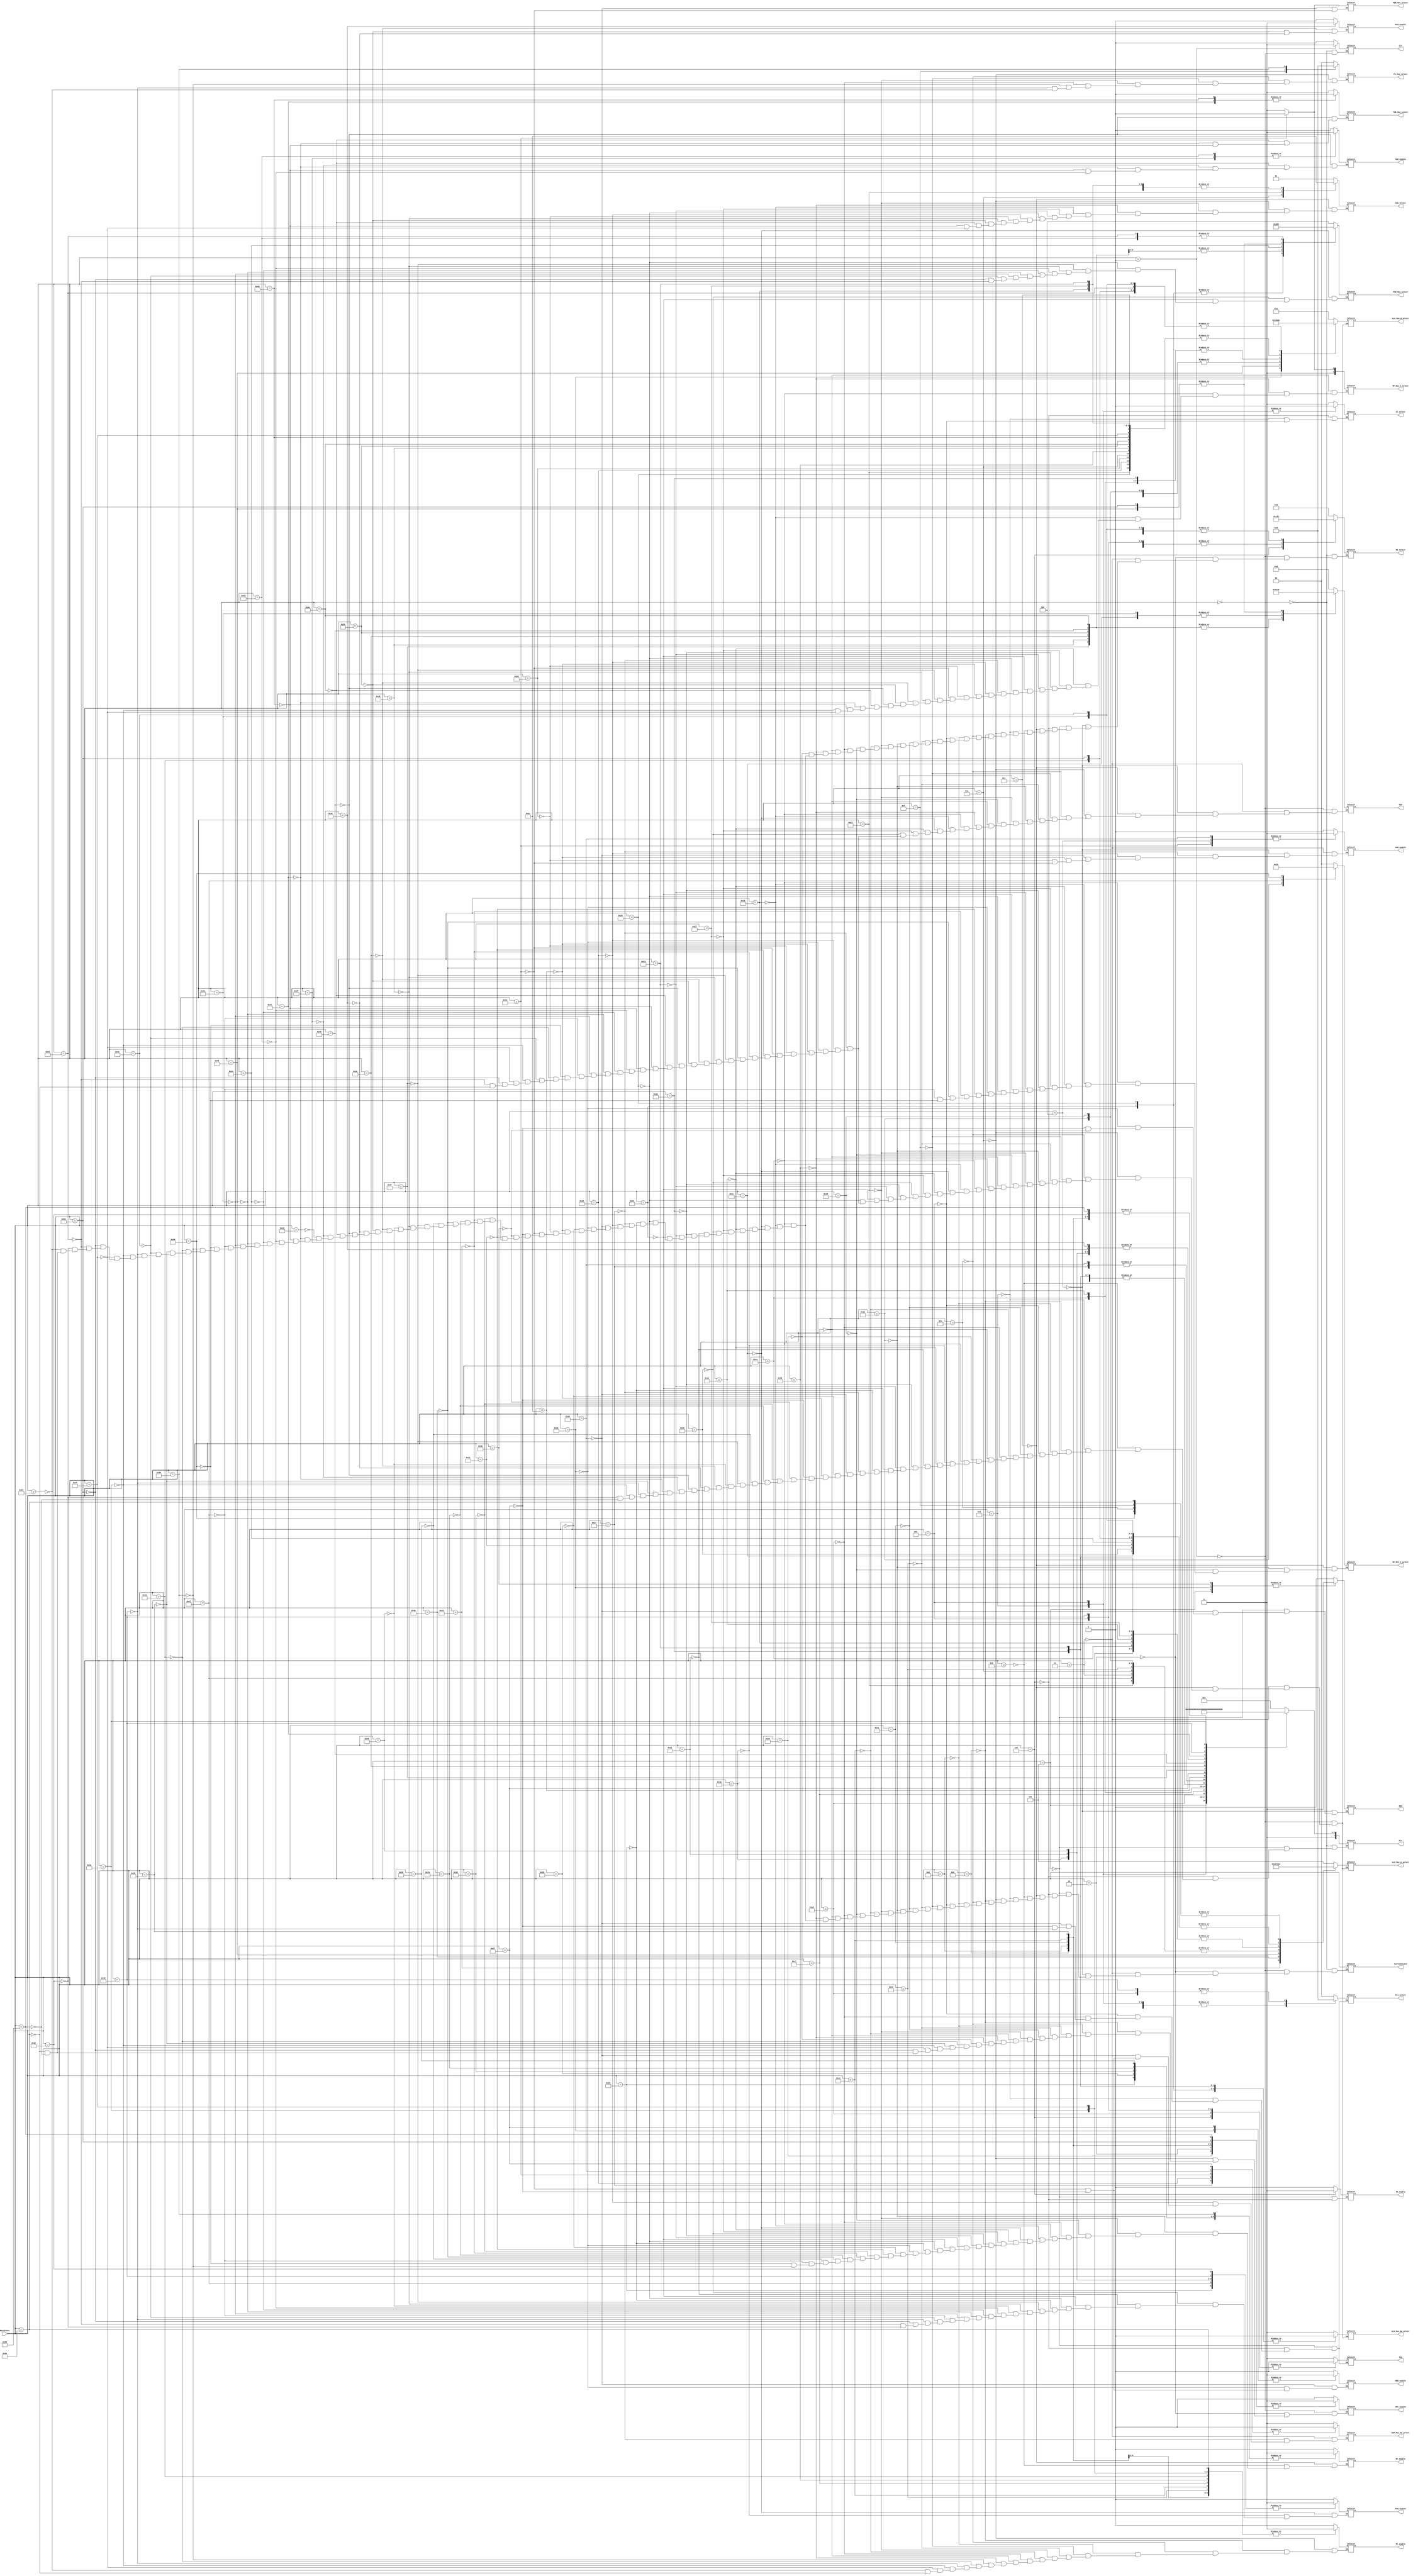
module Microstore(

	//control signals enables
	output reg IR_enable, RF_enable, MAR_enable, MDR_enable, MOV, PC_enable, nPC_enable, PSR_enable, TBR_enable, WIM_enable,

	//clear signals
	output reg Clr,

	//Mux select
	output reg MDR_Mux_select, RAM_Mux_Op_select, TBR_Mux_select, ALU_Mux_Op_select, Inv, CT_select,
	output reg [1:0]RF_Mux_C_select, RF_Mux_A_select, PC_Mux_select, SSE_select, Sts_select,
	output reg [2:0]ALU_Mux_A_select, ALU_Mux_B_select, PSR_Mux_select, NS_select,

	output reg [5:0]Op5,
	output reg [7:0]Pl7,
	output reg [7:0]CurrentState,

	//State
	input [7:0] NextState 
	);

	//reg [7:0] NextState;

	always @ (NextState)
	begin
		//NextState = (RESET) ? 8'b0 : inState;

		case (NextState)
			//***********
			//*  RESET  *
			//***********
			8'b00000000://0
			begin
				Clr <= 1;
				NS_select <= 3'b010;
				Pl7 <= 8'b00000001;
				CurrentState <= NextState;
			end
			
			8'b00000001://1
			begin
				nPC_enable <= 1;
				ALU_Mux_A_select <= 3'b101;
				ALU_Mux_B_select <= 3'b011;
				ALU_Mux_Op_select <= 0;
				Op5 <= 6'b000000;
				Clr <= 0;
				NS_select <= 3'b011;
				CurrentState <= NextState;
			end

			8'b00000010://2
			begin
				nPC_enable <= 0;
				NS_select <= 3'b011;
				CurrentState <= NextState;
			end

			//***********************
			
						
			//***********
			//*  FETCH  *
			//***********
			8'b00000011://3
			begin
				MAR_enable <= 1;
				ALU_Mux_A_select <= 3'b001;
				ALU_Mux_B_select <= 3'b101;
				ALU_Mux_Op_select <= 0;
				Op5 <= 6'b000000;
				RAM_Mux_Op_select <= 0;
				NS_select <= 3'b011;
				CurrentState <= NextState;				
			end		

			8'b00000100://4
			begin
				MAR_enable <= 0;	
				MOV <= 1;
				Op5 <= 6'b000000;
				NS_select <= 3'b011;
				CurrentState <= NextState;
			end

			8'b00000101://5
			begin
				IR_enable <= 1;
				MOV <= 0;
				NS_select <= 3'b110;
				Inv <= 0;
				Sts_select <= 2'b00;
				Pl7 <= 8'b00000101;
				CurrentState <= NextState;
			end

			8'b00000110://6
			begin
				IR_enable <=0;
				CT_select <= 0;
				NS_select <= 3'b100;
				Inv <= 1;
				Sts_select <= 2'b01;
				Pl7 <= 8'b01010011;
				CurrentState <= NextState;
			end
			//***********************

									
			//***********
			//*  Sethi  *
			//***********
			8'b00000111://7
			begin
				RF_enable <= 1;
				RF_Mux_C_select <= 2'b00;
				ALU_Mux_A_select <= 3'b101;
				ALU_Mux_B_select <= 3'b001;
				ALU_Mux_Op_select <= 0;
				SSE_select <= 2'b01;
				Op5 <= 6'b000000;
				NS_select <= 3'b011;
				CurrentState <= NextState;
			end

			8'b00001000://8
			begin
				RF_enable <= 0;
				NS_select <= 3'b010;
				Pl7 <= 8'b01010011;
				CurrentState <= NextState;
			end

			//***********************


			//***********
			//* BRANCH	*
			//***********
			8'b00001001://9
			begin
				CT_select <= 1;
				NS_select <= 3'b110;
				Inv <= 0;
				Sts_select <= 2'b01;
				Pl7 <= 8'b00001100;
				CurrentState <= NextState;
			end
			//***********************


			//***********
			//* BX TRUE	*
			//***********
			8'b00001010://10
			begin
				nPC_enable <= 1;
				ALU_Mux_A_select <= 3'b001;
				ALU_Mux_B_select <= 3'b001;
				ALU_Mux_Op_select <= 0;
				SSE_select <= 2'b10;
				Op5 <= 6'b000000;
				PC_enable <= 1;
				PC_Mux_select <= 2'b00;
				NS_select <= 3'b011;
				CurrentState <= NextState;
			end

			8'b00001011://11
			begin
				PC_enable <= 0;
				nPC_enable <= 0;
				NS_select <= 3'b010;
				Pl7 <= 8'b00000011;
				CurrentState <= NextState;
			end
			//***********************


			//************
			//* BX FALSE *
			//************
			8'b00001100://12
			begin
				
				nPC_enable <= 1;
				ALU_Mux_A_select <= 3'b010;
				ALU_Mux_B_select <= 3'b011;
				ALU_Mux_Op_select <= 0;
				Op5 <= 6'b000000;
				PC_enable <= 1;
				PC_Mux_select <= 2'b00;
				NS_select <= 3'b011;
				CurrentState <= NextState;
			end

			8'b00001101://13
			begin
				
				PC_enable <= 0;
				nPC_enable <= 0;
				NS_select <= 3'b010;
				Pl7 <= 8'b00000011;
				CurrentState <= NextState;
			end
			//***********************


			//********************
			//* BRANCH ANNULLED  *
			//********************
			8'b00001110://14
			begin
				CT_select <= 1;
				NS_select <= 3'b110;
				Inv <= 1;
				Sts_select <= 2'b01;
				Pl7 <= 8'b00001010;
				CurrentState <= NextState;
			end
			//***********************


			//*********************
			//* BX FALSE ANNULLED *
			//*********************
			
			8'b00001111://15
			begin
				PC_enable <= 1;
				ALU_Mux_A_select <= 3'b010;
				ALU_Mux_B_select <= 3'b011;
				ALU_Mux_Op_select <= 0;
				PC_Mux_select <= 2'b01;
				Op5 <= 6'b000000;
				NS_select <= 3'b011;
				CurrentState <= NextState;
			end

			8'b00010000://16
			begin
				PC_enable <= 0;
				nPC_enable <= 1;
				ALU_Mux_A_select <= 3'b001;
				ALU_Mux_B_select <= 3'b011;
				ALU_Mux_Op_select <= 0;
				Op5 <= 6'b000000;
				NS_select <= 3'b011;
				CurrentState <= NextState;
			end
			
			8'b00010001://17
			begin
				nPC_enable <= 0;
				NS_select <= 3'b010;
				Pl7 <= 8'b00000011;
				CurrentState <= NextState;
			end
			//***********************
				
				
			//***********
			//*  CALL   *
			//***********
			

			8'b00010010://18
			begin
				RF_enable <= 1;
				RF_Mux_C_select <= 2'b01;
				ALU_Mux_A_select <= 3'b001;
				ALU_Mux_B_select <= 3'b101;
				ALU_Mux_Op_select <= 0;
				Op5 <= 6'b000000;
				NS_select <= 3'b011;
				CurrentState <= NextState;
			end
			
			8'b00010011://19
			begin
				RF_enable <= 0;
				nPC_enable <= 1;
				ALU_Mux_A_select <= 3'b001;
				ALU_Mux_B_select <= 3'b001;
				ALU_Mux_Op_select <= 0;
				SSE_select <= 2'b11;
				Op5 <= 6'b000000;
				PC_enable <= 1;
				PC_Mux_select <= 2'b00;
				NS_select <= 3'b011;
				CurrentState <= NextState;
			end
			
			8'b00010100://20
			begin
				PC_enable <= 0;
				nPC_enable <= 0;
				NS_select <= 3'b010;
				Pl7 <= 8'b00000011;
				CurrentState <= NextState;
			end
			//***********************


			//***********
			//*  JMPL.  *
			//***********
			8'b00010101://21
			begin
				RF_enable <= 1;
				RF_Mux_C_select <= 2'b00;
				ALU_Mux_A_select <= 3'b001;
				ALU_Mux_B_select <= 3'b101;
				ALU_Mux_Op_select <= 0;
				Op5 <= 6'b000000;
				NS_select <= 3'b011;
				CurrentState <= NextState;
			end
			

			8'b00010110://22
			begin
				RF_enable <= 0;
				PC_enable <= 1;
				PC_Mux_select <= 2'b00;
				NS_select <= 3'b110;
				Inv <= 1;
				Sts_select <= 2'b10;
				Pl7 <= 8'b00011000;
				CurrentState <= NextState;
			end

			8'b00010111://23
			begin
				PC_enable <= 0;
				nPC_enable <= 1;
				RF_Mux_A_select <= 2'b00;
				ALU_Mux_A_select <= 3'b000;
				ALU_Mux_B_select <= 3'b000;
				ALU_Mux_Op_select <= 0;
				Op5 <= 6'b000000;
				NS_select <= 3'b010;
				Pl7 <= 8'b00011001;
				CurrentState <= NextState;
			end

			8'b00011000://24
			begin
				PC_enable <= 0;
				nPC_enable <= 1;
				RF_Mux_A_select <= 2'b00;
				ALU_Mux_A_select <= 3'b000;
				ALU_Mux_B_select <= 3'b001;
				ALU_Mux_Op_select <= 0;
				SSE_select <= 2'b00;
				Op5 <= 6'b000000;
				NS_select <= 3'b011;
				CurrentState <= NextState;
			end

			8'b00011001://25
			begin
				nPC_enable <= 0;
				NS_select <= 3'b010;
				Pl7 <= 8'b00000011;

            		end
			//***************************


			//***********
			//*  Save   *
			//***********
			8'b00011010://26
			begin
				RF_enable <= 1;
				RF_Mux_C_select = 2'b00;
				RF_Mux_A_select = 2'b00;
				ALU_Mux_A_select <= 3'b000;
				ALU_Mux_B_select <= 3'b000;
				ALU_Mux_Op_select <= 0;
				Op5 <= 6'b000000;
				NS_select <= 3'b010;
				Pl7 <= 8'b00011100;
				CurrentState <= NextState;
			end
			
			8'b00011011://27
			begin
				RF_enable <= 1;
				RF_Mux_C_select = 2'b00;
				RF_Mux_A_select = 2'b00;
				ALU_Mux_A_select <= 3'b000;
				ALU_Mux_B_select <= 3'b001;
				ALU_Mux_Op_select <= 0;
				SSE_select = 2'b00;
				Op5 <= 6'b000000;
				NS_select <= 3'b011;
				CurrentState <= NextState;
			end
			
			8'b00011100://28
			begin
				RF_enable <= 0;
				PSR_enable <= 1;
				ALU_Mux_A_select <= 3'b011;
				ALU_Mux_B_select <= 3'b100;
				PSR_Mux_select = 3'b100;
				ALU_Mux_Op_select <= 0;
				Op5 <= 6'b000100;
				NS_select <= 3'b011;
				CurrentState <= NextState;
			end

			8'b00011101://29
			begin
				PSR_enable <= 0;
				NS_select <= 3'b010;
				Pl7 <= 8'b01010011;
				CurrentState <= NextState;
			end
			//***********************


			//***********
			//* RESTORE *
			//***********
			8'b00011110://30
			begin
				RF_enable <= 1;
				RF_Mux_C_select = 2'b00;
				RF_Mux_A_select = 2'b00;
				ALU_Mux_A_select <= 3'b000;
				ALU_Mux_B_select <= 3'b000;
				ALU_Mux_Op_select <= 0;
				Op5 <= 6'b000000;
				NS_select <= 3'b010;
				Pl7 <= 8'b00100000;
				CurrentState <= NextState;
			end
			
			8'b00011111://31
			begin
				RF_enable <= 1;
				RF_Mux_C_select = 2'b00;
				RF_Mux_A_select = 2'b00;
				ALU_Mux_A_select <= 3'b000;
				ALU_Mux_B_select <= 3'b001;
				ALU_Mux_Op_select <= 0;
				SSE_select = 2'b00;
				Op5 <= 6'b000000;
				NS_select <= 3'b011;
				CurrentState <= NextState;
			end

			8'b00100000://32
			begin
				RF_enable <= 0;
				PSR_enable <= 1;
				ALU_Mux_A_select <= 3'b011;
				ALU_Mux_B_select <= 3'b100;
				PSR_Mux_select = 3'b100;
				ALU_Mux_Op_select <= 0;
				Op5 <= 6'b000000;
				NS_select <= 3'b011;
				CurrentState <= NextState;
			end
			
			8'b00100001://33
			begin
				PSR_enable <= 0;
				NS_select <= 3'b010;
				Pl7 <= 8'b01010011;
				CurrentState <= NextState;			
			end			
			//***********************


			//***************
			//* ARITH/LOGIC *
			//***************
			8'b00100010://34
			begin
				RF_enable <= 1;
				RF_Mux_C_select = 2'b00;
				RF_Mux_A_select = 2'b00;
				ALU_Mux_A_select <= 3'b000;
				ALU_Mux_B_select <= 3'b000;
				ALU_Mux_Op_select <= 1;
				NS_select <= 3'b010;
				Pl7 <= 8'b00100110;
				CurrentState <= NextState;
			end

            		8'b00100011://35
			begin
				RF_enable <= 1;
				RF_Mux_C_select = 2'b00;
				RF_Mux_A_select = 2'b00;
				ALU_Mux_A_select <= 3'b000;
				ALU_Mux_B_select <= 3'b001;
				ALU_Mux_Op_select <= 1;
				SSE_select = 2'b00;
				NS_select <= 3'b010;
				Pl7 <= 8'b00100110;
				CurrentState <= NextState;
			end

			8'b00100100://36
			begin
				RF_enable <= 1;
				RF_Mux_C_select = 2'b00;
				RF_Mux_A_select = 2'b00;
				ALU_Mux_A_select <= 3'b000;
				ALU_Mux_B_select <= 3'b000;
				ALU_Mux_Op_select <= 1;
				PSR_Mux_select <= 3'b000;
				PSR_enable <= 1;
				NS_select <= 3'b010;
				Pl7 <= 8'b00100110;
				CurrentState <= NextState;
			end

            		8'b00100101://37
			begin
				RF_enable <= 1;
				RF_Mux_C_select = 2'b00;
				RF_Mux_A_select = 2'b00;
				ALU_Mux_A_select <= 3'b000;
				ALU_Mux_B_select <= 3'b001;
				ALU_Mux_Op_select <= 1;
				SSE_select = 2'b00;
				PSR_Mux_select <= 3'b000;
				PSR_enable <= 1;
				NS_select <= 3'b011;
				CurrentState <= NextState;
			end

            		8'b00100110://38
			begin
				PSR_enable <= 0;
				RF_enable <= 0;
				NS_select <= 3'b010;
				Pl7 <= 8'b01010011;
				CurrentState <= NextState;
			end
			//***********************


			//***********
			//*  LOAD   *
			//***********
			8'b00100111://39
			begin
				MAR_enable <= 1;
				RF_Mux_A_select <= 2'b00;
				ALU_Mux_A_select <= 3'b000;
				ALU_Mux_B_select <= 3'b000;
				ALU_Mux_Op_select <= 0;
				Op5 <= 6'b000000;
				RAM_Mux_Op_select <= 1;
				NS_select <= 3'b010;
				Pl7 <= 8'b00101001;
				CurrentState <= NextState;
			end
			
			8'b00101000://40
			begin
				MAR_enable <= 1;
				RF_Mux_A_select <= 2'b00;
				ALU_Mux_A_select <= 3'b000;
				ALU_Mux_B_select <= 3'b001;
				ALU_Mux_Op_select <= 0;
				SSE_select <= 2'b00;
				Op5 <= 6'b000000;
				RAM_Mux_Op_select <= 1;
				NS_select <= 3'b011;
				CurrentState <= NextState;
			end

			8'b00101001://41
			begin
				MAR_enable <= 0;
				MDR_Mux_select <= 0;
				MDR_enable <= 1;
				RAM_Mux_Op_select <= 1;
				MOV <= 1;
				NS_select <= 3'b110;
				Inv <= 0;
				Sts_select <= 2'b00;
				Pl7 <= 8'b00101001;
				CurrentState <= NextState;
			end

			8'b00101010://42
			begin
				RF_enable <= 1;
				MDR_enable <= 0;
				MOV <= 0;
				RF_Mux_C_select <= 2'b00;
				ALU_Mux_A_select <= 3'b101;
				ALU_Mux_B_select <= 3'b010;
				ALU_Mux_Op_select <= 0;
				Op5 <= 6'b000000;
				NS_select <= 3'b011;
				CurrentState <= NextState;
			end

			8'b00101011://43
			begin
				RF_enable <= 0;
				NS_select <= 3'b010;
				Pl7 <= 8'b01010011;
				CurrentState <= NextState;
			end
			//***********************


			//***********
			//*  STORE  *
			//***********
			8'b00101100://44
			begin
				MAR_enable <= 1;
				RF_Mux_A_select <= 2'b00;
				ALU_Mux_A_select <= 3'b000;
				ALU_Mux_B_select <= 3'b000;
				ALU_Mux_Op_select <= 0;
				Op5 <= 6'b000000;
				NS_select <= 3'b010;
				Pl7 <= 8'b00101110;
				CurrentState <= NextState;
			end
			
			8'b00101101://45
			begin
				MAR_enable <= 1;
				RF_Mux_A_select <= 2'b00;
				ALU_Mux_A_select <= 3'b000;
				ALU_Mux_B_select <= 3'b001;
				ALU_Mux_Op_select <= 0;
				SSE_select <= 2'b00;
				Op5 <= 6'b000000;
				NS_select <= 3'b011;
				CurrentState <= NextState;
			end

			8'b00101110://46
			begin
				MAR_enable <= 0;
				MDR_enable <= 1;
				RF_Mux_A_select <= 2'b01;
				ALU_Mux_A_select <= 3'b000;
				ALU_Mux_B_select <= 3'b101;
				ALU_Mux_Op_select <= 0;
				MDR_Mux_select <= 1;
				Op5 <= 6'b000000;
				RAM_Mux_Op_select <= 1;
				NS_select <= 3'b011;
				CurrentState <= NextState;
			end

			8'b00101111://47
			begin
				RAM_Mux_Op_select <= 1;
				MDR_enable <= 0;
				MOV <= 1;
				NS_select <= 3'b110;
				Inv <= 0;
				Sts_select <= 2'b00;
				Pl7 <= 8'b00101111;
				CurrentState <= NextState;
			end

			8'b00110000://48
			begin
				MOV <= 0;
				NS_select <= 3'b010;
				Pl7 <= 8'b01010011;
				CurrentState <= NextState;
			end			
			//***********************


			//***********
			//*  RDPSR  *
			//***********
			8'b00110001://49
			begin
				RF_enable <= 1;
				RF_Mux_C_select <= 2'b00;
				ALU_Mux_A_select <= 3'b011;
				ALU_Mux_B_select <= 3'b101;
				ALU_Mux_Op_select <= 0;
				Op5 <= 6'b000000;
				NS_select <= 3'b011;
				CurrentState <= NextState;
			end
			

			8'b00110010://50
			begin
				RF_enable <= 0;
				NS_select <= 3'b010;
				Pl7 <= 8'b01010011;
				CurrentState <= NextState;
			end	
			//***********************


			//***********
			//*  RDWIM  *
			//***********
			8'b00110011://51
			begin
				RF_enable <= 1;
				RF_Mux_C_select <= 2'b00;
				ALU_Mux_A_select <= 3'b110;
				ALU_Mux_B_select <= 3'b101;
				ALU_Mux_Op_select <= 0;
				Op5 <= 6'b000000;
				NS_select <= 3'b011;
				CurrentState <= NextState;
			end
			
			8'b00110100://52
			begin
				RF_enable <= 0;
				NS_select <= 3'b010;
				Pl7 <= 8'b01010011;
				CurrentState <= NextState;
			end	
			//***********************


			//***********
			//*  RDTBR  *
			//***********
			8'b00110101://53
			begin
				RF_enable <= 1;
				RF_Mux_C_select <= 2'b00;
				ALU_Mux_A_select <= 3'b100;
				ALU_Mux_B_select <= 3'b101;
				ALU_Mux_Op_select <= 0;
				Op5 <= 6'b000000;
				NS_select <= 3'b011;
				CurrentState <= NextState;
			end

			8'b00110110://54
			begin
				RF_enable <= 0;
				NS_select <= 3'b010;
				Pl7 <= 8'b01010011;
				CurrentState <= NextState;
			end
			//***********************


			//***********
			//*  WRPSR  *
			//***********
			8'b00110111://55
			begin
				PSR_enable <= 1;
				RF_Mux_A_select <= 2'b00;
				ALU_Mux_A_select <= 3'b000;
				ALU_Mux_B_select <= 3'b000;
				ALU_Mux_Op_select <= 0;
				PSR_Mux_select <= 3'b101;
				Op5 <= 6'b000011;
				NS_select <= 3'b010;
				Pl7 <= 8'b00111001;
				CurrentState <= NextState;
			end
			
			8'b00111000://56
			begin
				PSR_enable <= 1;
				RF_Mux_A_select <= 2'b00;
				ALU_Mux_A_select <= 3'b000;
				ALU_Mux_B_select <= 3'b001;
				ALU_Mux_Op_select <= 0;
				PSR_Mux_select <= 3'b101;
				SSE_select <= 2'b00;
				Op5 <= 6'b000011;
				NS_select <= 3'b011;
				CurrentState <= NextState;
			end

			8'b00111001://57
			begin
				PSR_enable <= 0;
				NS_select <= 3'b010;
				Pl7 <= 8'b01010011;
				CurrentState <= NextState;
			end
			//***********************


			//***********
			//*  WRWIM  *
			//***********
			8'b00111010://58
			begin
				WIM_enable <= 1;
				RF_Mux_A_select <= 2'b00;
				ALU_Mux_A_select <= 3'b000;
				ALU_Mux_B_select <= 3'b000;
				ALU_Mux_Op_select <= 0;
				Op5 <= 6'b000011;
				NS_select <= 3'b010;
				Pl7 <= 8'b00111100;
				CurrentState <= NextState;
			end

			8'b00111011://59
			begin
				WIM_enable <= 1;
				RF_Mux_A_select <= 2'b00;
				ALU_Mux_A_select <= 3'b000;
				ALU_Mux_B_select <= 3'b001;
				ALU_Mux_Op_select <= 0;
				SSE_select <= 2'b00;
				Op5 <= 6'b000011;
				NS_select <= 3'b011;
				CurrentState <= NextState;
			end

			8'b00111100://60
			begin
				WIM_enable <= 0;
				NS_select <= 3'b010;;
				Pl7 <= 8'b01010011;
				CurrentState <= NextState;
			end
			//***************************


			//***********
			//*  WRTBR  *
			//***********
			8'b00111101://61
			begin
				TBR_enable <= 1;
				RF_Mux_A_select <= 2'b00;
				ALU_Mux_A_select <= 3'b000;
				ALU_Mux_B_select <= 3'b000;
				ALU_Mux_Op_select <= 0;
				TBR_Mux_select <= 0;
				Op5 <= 6'b000011;
				NS_select <= 3'b010;
				Pl7 <= 8'b00111111;
				CurrentState <= NextState;			
			end

			8'b00111110://62
			begin
				TBR_enable <= 1;
				RF_Mux_A_select <= 2'b00;
				ALU_Mux_A_select <= 3'b000;
				ALU_Mux_B_select <= 3'b001;
				ALU_Mux_Op_select <= 0;
				TBR_Mux_select <= 0;
				SSE_select <= 2'b00;
				Op5 <= 6'b000011;
				NS_select <= 3'b011;
				CurrentState <= NextState;
			end

			8'b00111111://63
			begin
				TBR_enable <= 0;
				NS_select <= 3'b010;
				Pl7 <= 8'b01010011;
				CurrentState <= NextState;
			end			
			//***********************


			//**********************
			//*  Priority Manager  *
			//**********************
			8'b01000000://64
			begin
				NS_select <= 3'b011;
				CurrentState <= NextState;
			end
			//***********
			//*  Ticc   *
			//***********
			8'b01000001://65
			begin
				TBR_enable <= 1;
				RF_Mux_A_select <= 2'b00;
				ALU_Mux_A_select <= 3'b000;
				ALU_Mux_B_select <= 3'b000;
				ALU_Mux_Op_select <= 0;
				TBR_Mux_select <= 1;
				Op5 <= 6'b000000;
				NS_select <= 3'b010;
				Pl7 <= 8'b01000011;
				CurrentState <= NextState;
			end

			8'b01000010://66
			begin
				TBR_enable <= 1;
				RF_Mux_A_select <= 2'b00;
				ALU_Mux_A_select <= 3'b000;
				ALU_Mux_B_select <= 3'b001;
				ALU_Mux_Op_select <= 0;
				TBR_Mux_select <= 1;
				SSE_select <= 2'b00;
				Op5 <= 6'b000000;
				NS_select <= 3'b011;
				CurrentState <= NextState;
			end

			8'b01000011://67
			begin
				PSR_enable <= 1;
				TBR_enable <= 0;
				ALU_Mux_A_select <= 3'b101;
				ALU_Mux_B_select <= 3'b101;
				ALU_Mux_Op_select <= 0;
				PSR_Mux_select <= 3'b011;
				Op5 <= 6'b000000;
				NS_select <= 3'b011;
				CurrentState <= NextState;
			end
			
			8'b01000100://68
			begin
				PSR_enable <= 1;
				ALU_Mux_A_select <= 3'b011;
				ALU_Mux_B_select <= 3'b101;
				ALU_Mux_Op_select <= 0;
				PSR_Mux_select <= 3'b010;
				Op5 <= 6'b000000;
				NS_select <= 3'b011;
				CurrentState <= NextState;			
			end

			8'b01000101://69
			begin
				PSR_enable <= 1;
				ALU_Mux_A_select <= 3'b111;
				ALU_Mux_B_select <= 3'b110;
				ALU_Mux_Op_select <= 0;
				PSR_Mux_select <= 3'b001;
				Op5 <= 6'b100101;
				NS_select <= 3'b011;
				CurrentState <= NextState;
			end

			8'b01000110://70
			begin
				PSR_enable <= 1;
				ALU_Mux_A_select <= 3'b011;
				ALU_Mux_B_select <= 3'b100;
				ALU_Mux_Op_select <= 0;
				PSR_Mux_select <= 3'b100;
				Op5 <= 6'b000100;
				NS_select <= 3'b011;
				CurrentState <= NextState;
			end

			8'b01000111://71
			begin
				RF_enable <= 1;
				PSR_enable <= 0;
				RF_Mux_C_select <= 2'b10;
				ALU_Mux_A_select <= 3'b001;
				ALU_Mux_B_select <= 3'b101;
				ALU_Mux_Op_select <= 0;
				Op5 <= 6'b000000;
				NS_select <= 3'b011;
				CurrentState <= NextState;
			end

			8'b01001000://72
			begin
				RF_enable <= 1;
				RF_Mux_C_select <= 2'b11;
				ALU_Mux_A_select <= 3'b010;
				ALU_Mux_B_select <= 3'b101;
				ALU_Mux_Op_select <= 0;
				Op5 <= 6'b000000;
				NS_select <= 3'b011;
				CurrentState <= NextState;
			end

			8'b01001001://73
			begin
				RF_enable <= 0;	
				PC_enable <= 1;
				PC_Mux_select <= 2'b10;	
				NS_select <= 3'b011;
				CurrentState <= NextState;
			end
			
			8'b01001010://74
			begin
				PC_enable <= 0;
				nPC_enable <= 1;
				ALU_Mux_A_select <= 3'b011;
				ALU_Mux_B_select <= 3'b100;
				ALU_Mux_Op_select <= 0;
				Op5 <= 6'b000000;
				NS_select <= 3'b011;
				CurrentState <= NextState;
			end

			8'b01001011://75
			begin
				nPC_enable <= 0;
				NS_select <= 3'b010;
				Pl7 <= 8'b00000011;
				CurrentState <= NextState;
			end
			//***********************


			//***********
			//*  RETT   *
			//***********
			
			8'b01001100://76
			begin
				PSR_enable <= 1;
				ALU_Mux_A_select <= 3'b011;
				ALU_Mux_B_select <= 3'b100;
				ALU_Mux_Op_select <= 0;
				PSR_Mux_select <= 3'b100;
				Op5 <= 6'b000000;
				NS_select <= 3'b011;
				CurrentState <= NextState;
			end

			8'b01001101://77
			begin
				PC_enable <= 1;
				PSR_enable <= 0;
				PC_Mux_select <= 2'b00;
				NS_select <= 3'b110;
				Inv <= 1;
				Sts_select <= 2'b10;
				Pl7 <= 8'b01100100;
				CurrentState <= NextState;
			end

			8'b01001110://78
			begin
				PC_enable <= 0;
				nPC_enable <= 1;
				RF_Mux_A_select <= 2'b00;
				ALU_Mux_A_select <= 3'b000;
				ALU_Mux_B_select <= 3'b000;
				ALU_Mux_Op_select <= 0;
				Op5 <= 6'b000000;
				NS_select <= 3'b010;
				Pl7 <= 8'b01010000;
				CurrentState <= NextState;
				
			end

			8'b01001111://79
			begin
				PC_enable <= 0;
				nPC_enable <= 1;
				RF_Mux_A_select <= 2'b00;
				ALU_Mux_A_select <= 3'b000;
				ALU_Mux_B_select <= 3'b001;
				ALU_Mux_Op_select <= 0;
				SSE_select <= 2'b00;
				Op5 <= 6'b000000;
				NS_select <= 3'b011;
				CurrentState <= NextState;				
			end

			8'b01010000://80
			begin
				nPC_enable <= 0;
				PSR_enable <= 1;
				ALU_Mux_A_select <= 3'b011;
				ALU_Mux_B_select <= 3'b100;
				ALU_Mux_Op_select <= 0;
				PSR_Mux_select <= 3'b001;
				Op5 <= 6'b100101;
				NS_select <= 3'b011;
				CurrentState <= NextState;
			end

			8'b01010001://81
			begin
				PSR_enable <= 1;
				ALU_Mux_A_select <= 3'b101;
				ALU_Mux_B_select <= 3'b100;
				ALU_Mux_Op_select <= 0;
				PSR_Mux_select <= 3'b011;
				Op5 <= 6'b000000;
				NS_select <= 3'b011;
				CurrentState <= NextState;
			end

			8'b01010010://82
			begin
				PSR_enable <= 0;
				NS_select <= 3'b010;
				Pl7 <= 8'b00000011;
				CurrentState <= NextState;
			end
			//***************************


			//************************
			//*   Instruction Flow   *
			//************************
			8'b01010011://83
			begin
				PC_enable <= 1;				
				PC_Mux_select <= 2'b00;
				NS_select <= 3'b011;
				CurrentState <= NextState;
			end

			8'b01010100://84
			begin
				PC_enable <= 0;
				nPC_enable <= 1;
				ALU_Mux_A_select <= 3'b010;
				ALU_Mux_B_select <= 3'b011;
				ALU_Mux_Op_select <= 0;
				Op5 <= 6'b000000;
				NS_select <= 3'b011;
				CurrentState <= NextState;
			end
			
			8'b01010101://85
			begin
				nPC_enable <= 0;
				NS_select <= 3'b010;
				Pl7 <= 8'b00000011;
				CurrentState <= NextState;
			end			
		endcase
	end
endmodule